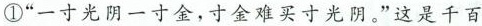
①“一寸光阴一寸金，寸金难买寸光阴。”这是千百